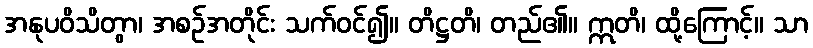
အနုပဝိသိတွာ၊ အစဉ်အတိုင်း သက်ဝင်၍။ တိဋ္ဌတိ၊ တည်၏။ ဣတိ၊ ထို့ကြောင့်။ သာ